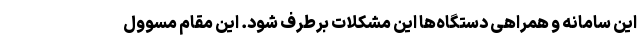
این سامانه و همراهی دستگاه‌ها این مشکلات برطرف شود. این مقام مسوول